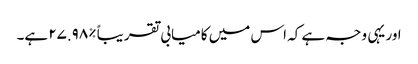
اور یہی وجہ ہے کہ اس میں کامیابی تقریباً %٢٧.٩٨ ہے۔